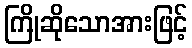
ကြိုဆိုသောအားဖြင့်